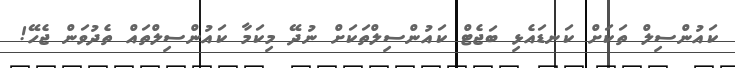
ކައުންސިލް ތަކަށް ކަނޑައެޅި ބަޖެޓް ކައުންސިލްތަކަށް ނުދޭ މިކަމާ ކައުންސިލްތައް ތެދުވަން ޖެހޭ!